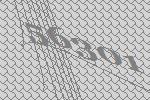
56301